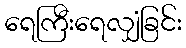
ရေကြီးရေလျှံခြင်း